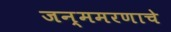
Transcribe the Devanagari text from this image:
जन्ममरणाचे